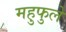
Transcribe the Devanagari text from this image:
महुफुले